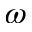
\omega